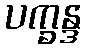
ပက္ခန္ဒ